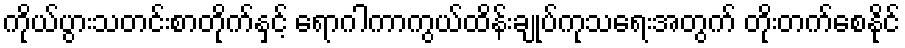
ကိုယ်ပွားသတင်းစာတိုက်နှင့် ရောဂါကာကွယ်ထိန်းချုပ်ကုသရေးအတွက် တိုးတက်စေနိုင်